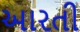
આરતી